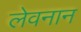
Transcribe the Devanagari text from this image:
लेवनान